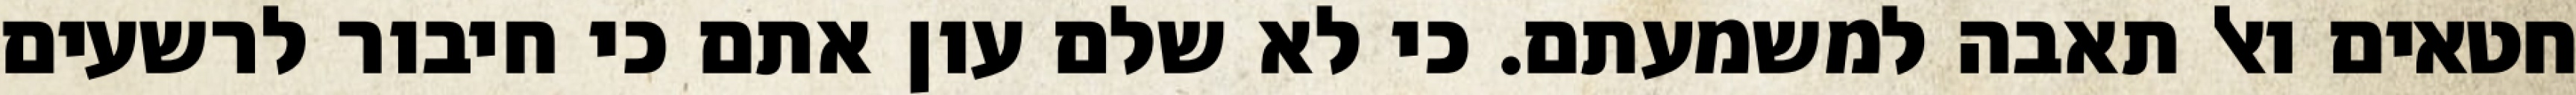
חטאים ואל תאבה למשמעתם. כי לא שלם עון אתם כי חיבור לרשעים